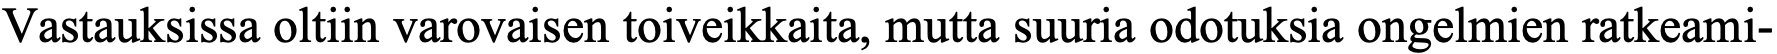
Vastauksissa oltiin varovaisen toiveikkaita, mutta suuria odotuksia ongelmien ratkeami-